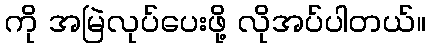
ကို အမြဲလုပ်ပေးဖို့ လိုအပ်ပါတယ်။